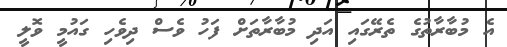
އެ މުބާރާތުގެ ތެރޭގައި އަދި މުބާރާތަށް ފަހު ވެސް ދިވެހި ގައުމީ ވޮލީ